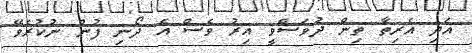
އަދި އެރިތާ ތިން ދުވަސްވީ އިރު ވެސް އެ ދޯނި ފުން ނުކުރެވޭ